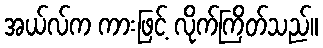
အယ်လ်က ကားဖြင့် လိုက်ကြိတ်သည်။